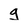
Character: g